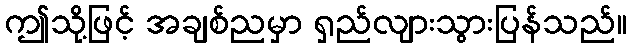
ဤသို့ဖြင့် အချစ်ညမှာ ရှည်လျားသွားပြန်သည်။